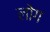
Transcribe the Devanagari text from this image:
लाेेग